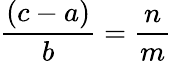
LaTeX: {\frac{(c-a)}{b}}={\frac{n}{m}}